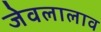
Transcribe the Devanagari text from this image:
जेवलालाव